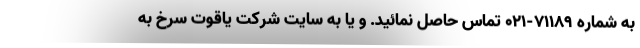
به شماره 71189-021 تماس حاصل نمائید. و یا به سایت شرکت یاقوت سرخ به